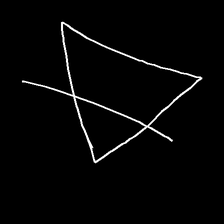
Glyph: empower